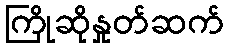
ကြိုဆိုနှုတ်ဆက်